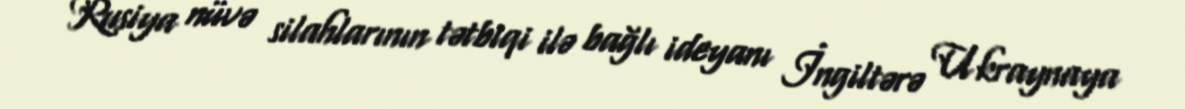
Rusiya nüvə silahlarının tətbiqi ilə bağlı ideyanı İngiltərə Ukraynaya